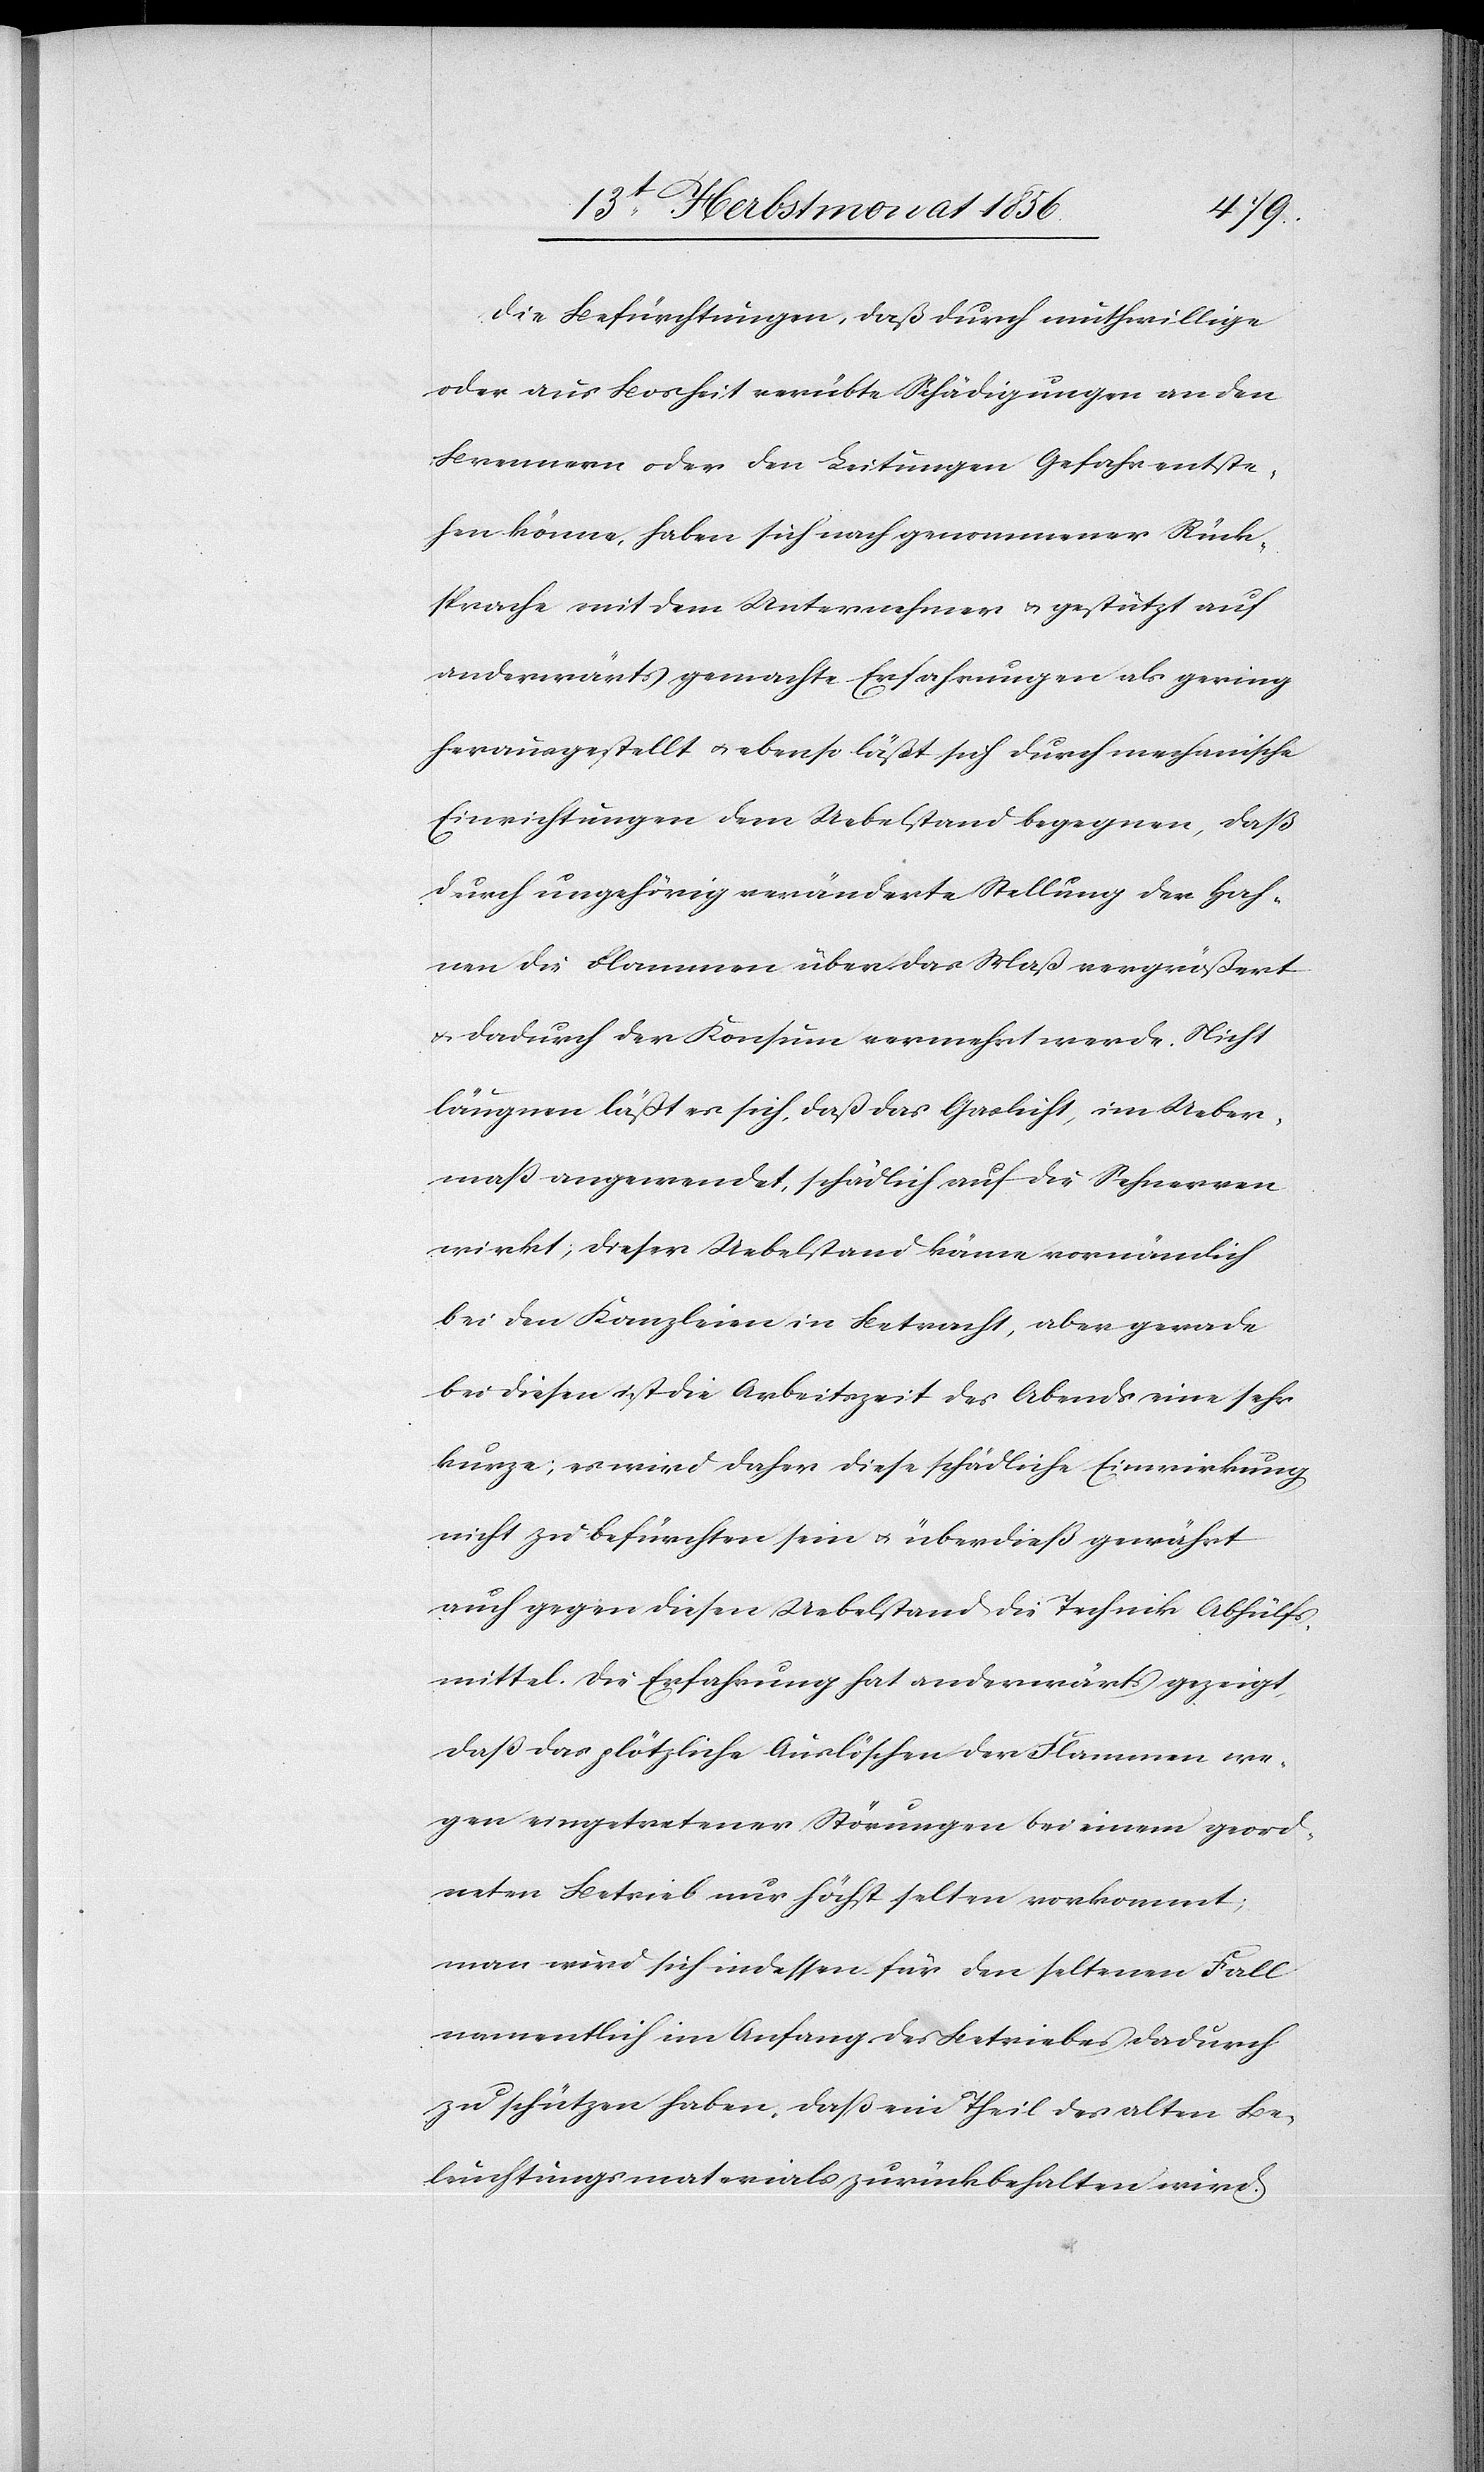
Die Befürchtungen, daß durch muthwillige
oder aus Bosheit verübte Schädigungen an den
Brennern oder den Leitungen Gefahr entste¬
hen könne, haben sich nach genommener Rück¬
sprache mit dem Unternehmer u. gestützt auf
anderwärts gemachte Erfahrungen als gering
herausgestellt u. ebenso läßt sich durch mechanische
Einrichtungen dem Uebelstand begegnen, daß
durch ungehörig veränderte Stellung der Hah¬
nen die Flammen über das Maß vergrößert
u. dadurch der Konsum vermehrt werde. Nicht
läugnen läßt es sich, daß das Gaslicht, im Ueber¬
mass angewendet, schädlich auf die Sehnerven
wirkt; dieser Uebelstand käme vornämlich
bei den Kanzleien in Betracht, aber gerade
bei dieser ist die Arbeitszeit des Abends eine sehr
kurze; es wird daher diese schädliche Einwirkung
nicht zu befürchten sein u. überdieß gewährt
auch gegen diesen Uebelstand die Technik Abhülfs¬
mittel. Die Erfahrung hat anderwärts gezeigt,
dass das plötzliche Auslöschen der Flammen we¬
gen eingetretener Störungen bei einem geord¬
neten Betrieb nur höchst selten vorkommt;
man wird sich indessen für den seltenen Fall
namentlich im Anfang des Betriebes dadurch
zu schützen haben, daß ein Theil des alten Be¬
leuchtungsmaterials zurückbehalten wird.